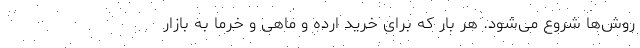
روش‌ها شروع می‌شود. هر بار که برای خرید ارده و ماهی و خرما به بازار